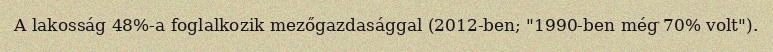
A lakosság 48%-a foglalkozik mezőgazdasággal (2012-ben; "1990-ben még 70% volt").